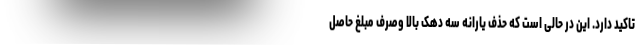
تاکید دارد. این در حالی است که حذف یارانه سه دهک بالا وصرف مبلغ حاصل